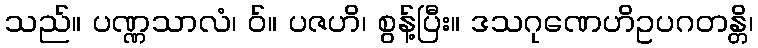
သည်။ ပဏ္ဏသာလံ၊ ဝ်။ ပဇဟိ၊ စွန့်ပြီး။ ဒသဂုဏေဟိဥပဂတန္တိ၊